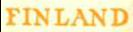
FINLAND